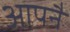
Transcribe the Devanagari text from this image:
आपनै